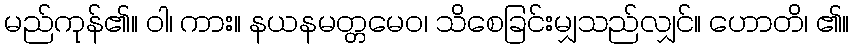
မည်ကုန်၏။ ဝါ၊ ကား။ နယနမတ္တမေဝ၊ သိစေခြင်းမျှသည်လျှင်။ ဟောတိ၊ ၏။